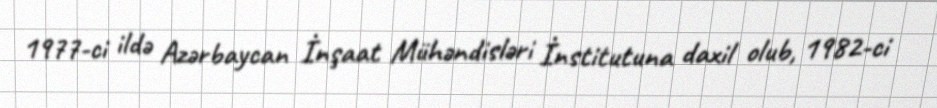
1977-ci ildə Azərbaycan İnşaat Mühəndisləri İnstitutuna daxil olub, 1982-ci